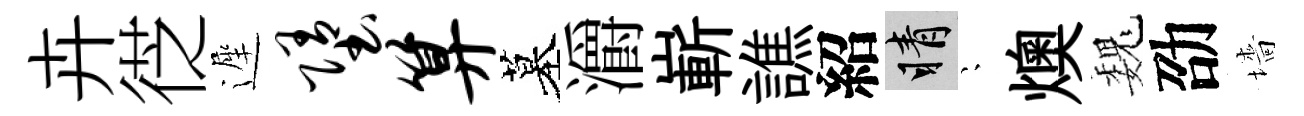
卉徔遲堕算墓灂嶄譙紹睛隠燠巍劭墻